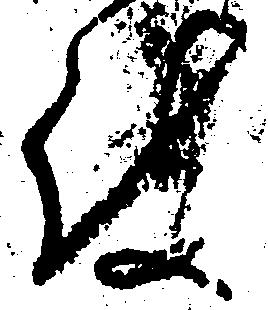
被